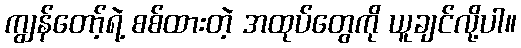
ကျွန်တော့်ရဲ့ စစ်ထားတဲ့ အထုပ်တွေကို ယူချင်လို့ပါ။